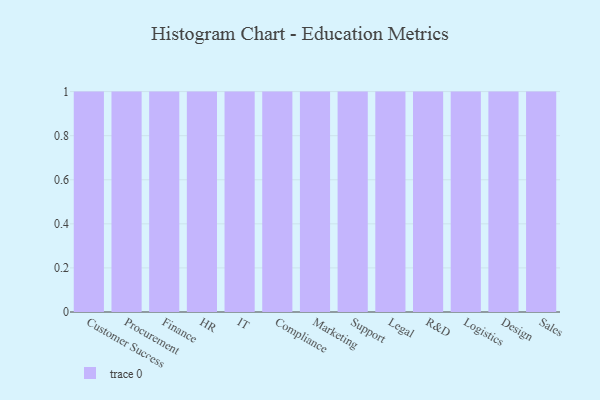
{"axis": {"x": "Department", "y": "Customer Acquisition Cost (USD)"}, "legend": [""], "data": [{"x": "Customer Success", "y": 67, "type": ""}, {"x": "Procurement", "y": 75, "type": ""}, {"x": "Finance", "y": 41, "type": ""}, {"x": "HR", "y": 1, "type": ""}, {"x": "IT", "y": 2, "type": ""}, {"x": "Compliance", "y": 82, "type": ""}, {"x": "Marketing", "y": 92, "type": ""}, {"x": "Support", "y": 96, "type": ""}, {"x": "Legal", "y": 58, "type": ""}, {"x": "R&D", "y": 21, "type": ""}, {"x": "Logistics", "y": 43, "type": ""}, {"x": "Design", "y": 14, "type": ""}, {"x": "Sales", "y": 35, "type": ""}]}